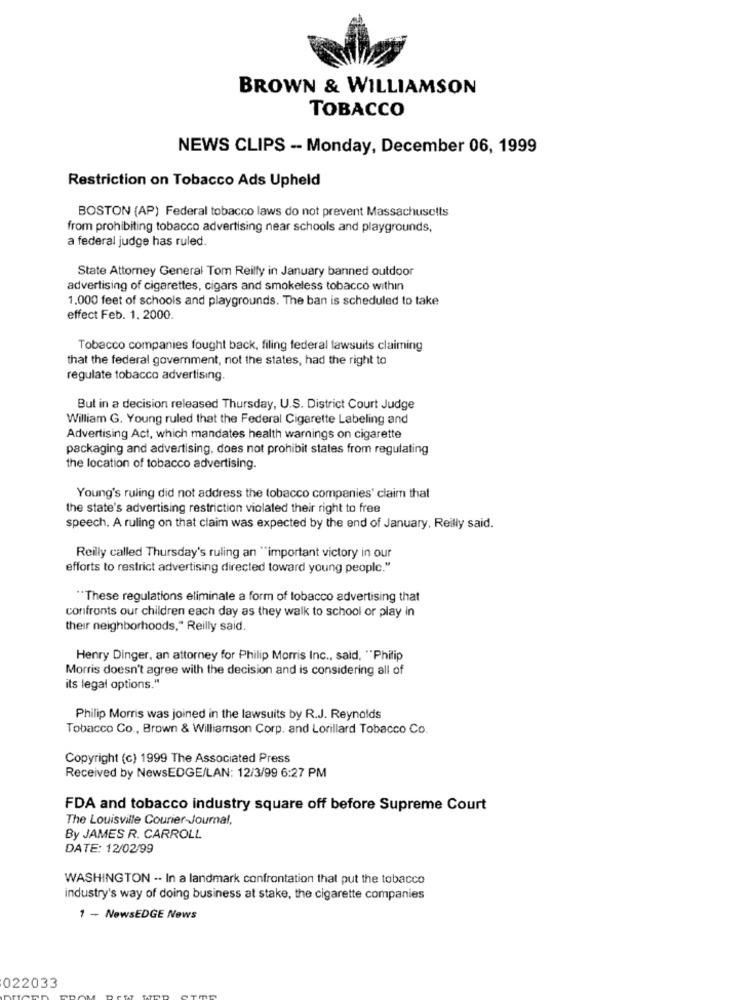
BROWN & WILLIAMSON
TOBACCO
NEWS CLIPS -- Monday, December 06, 1999
Restriction on Tobacco Ads Upheld
BOSTON (AP) Federal tobacco laws do not prevent Massachusetts
from prohibiting tobacco advertising near schools and playgrounds,
a federal judge has ruled.
State Attorney General Tom Reilly in January banned outdoor
advertising of cigarettes, cigars and smokeless tobacco within
1.000 feet of schools and playgrounds. The ban is scheduled to take
effect Feb. 1. 2000.
Tobacco companies fought back, filing federal lawsuits claiming
that the federal government, not the states, had the right to
regulate tobacco advertising.
But in a decision released Thursday, U.S. District Court Judge
William G. Young ruled that the Federal Cigarette Labeling and
Advertising Act, which mandates health warnings on cigarette
packaging and advertising, does not prohibit states from regulating
the location of tobacco advertising.
Young's ruling did not address the tobacco companies' claim that
the state's advertising restriction violated their right to free
speech. A ruling on that claim was expected by the end of January, Reilly said.
Reilly called Thursday's ruling an "important victory in our
efforts to restrict advertising directed toward young people."
These regulations eliminate a form of tobacco advertising that
confronts our children each day as they walk to school or play In
their neighborhoods," Reilly said.
Henry Dinger, an attorney for Philip Morris Inc ., said, "Philip
Morris doesn't agree with the decision and is considering all of
its legal options."
Philip Morris was joined in the lawsuits by R.J. Reynolds
Tobacco Co ., Brown & Williamson Corp. and Lorillard Tobacco Co.
Copyright (c) 1999 The Associated Press
Received by NewsEDGE/LAN: 12/3/99 6:27 PM
FDA and tobacco industry square off before Supreme Court
The Louisville Courier-Journal,
By JAMES R. CARROLL
DATE: 12/02/99
WASHINGTON .. In a landmark confrontation that put the tobacco
industry's way of doing business at stake, the cigarette companies
1 - NewsEDGE News
022033